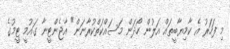
މި ފަހަރު އެ ކާމިޔާބީތައް އަލުން ހޯދަން މަސައްކަތްކުރާނަން" އާޖެންޓީނާ ގައުމީ ޓީމުގެ